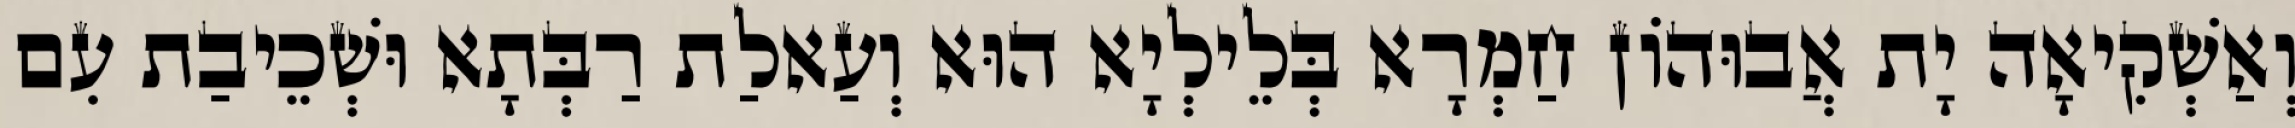
וְאַשְׁקִיאָה יָת אֲבוּהוֹן חַמְרָא בְּלֵילְיָא הוּא וְעַאלַת רַבְּתָא וּשְׁכֵיבַת עִם